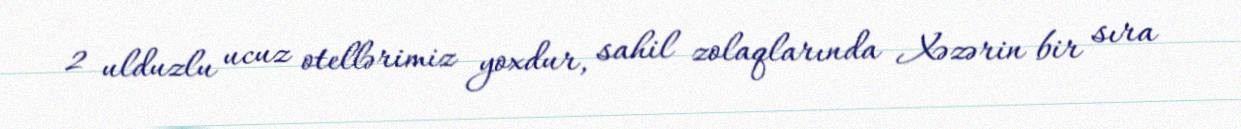
2 ulduzlu ucuz otellərimiz yoxdur, sahil zolaqlarında Xəzərin bir sıra